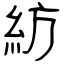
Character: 紡